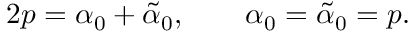
2 p = \alpha _ { 0 } + \tilde { \alpha } _ { 0 } , ~ ~ ~ ~ ~ ~ \alpha _ { 0 } = \tilde { \alpha } _ { 0 } = p .